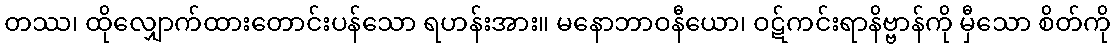
တဿ၊ ထိုလျှောက်ထားတောင်းပန်သော ရဟန်းအား။ မနောဘာဝနီယော၊ ဝဋ်ကင်းရာနိဗ္ဗာန်ကို မှီသော စိတ်ကို